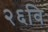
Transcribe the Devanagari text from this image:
२६वि